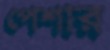
পেশার